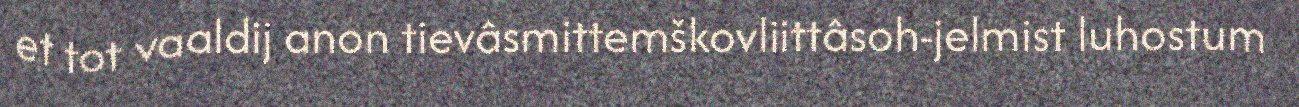
et tot vaaldij anon tievâsmittemškovliittâsoh-jelmist luhostum